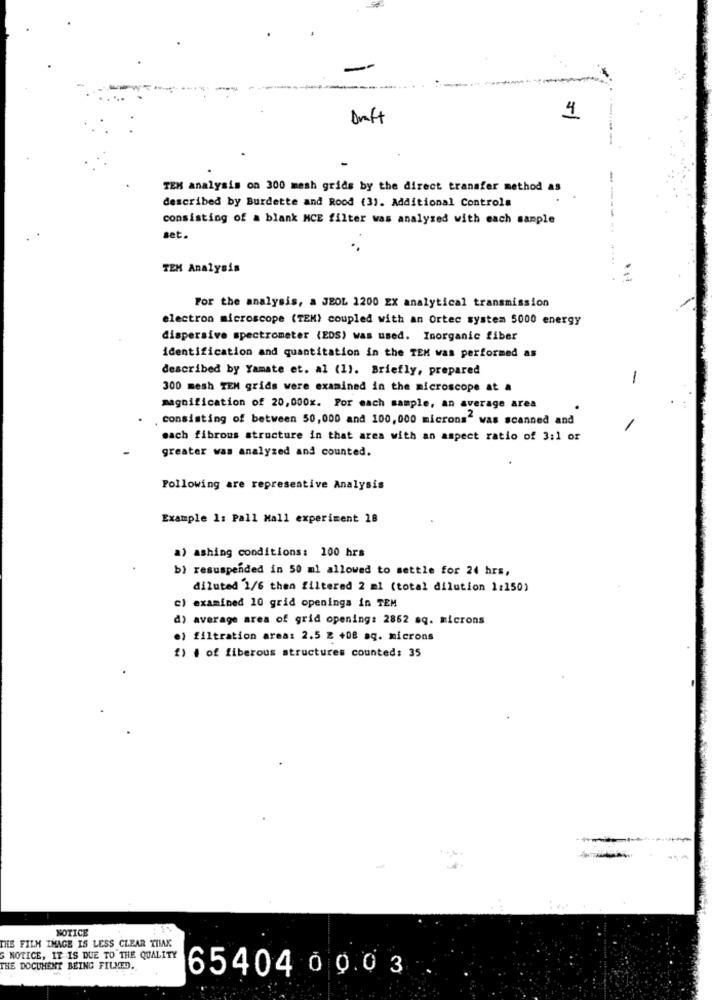
4
TEM analysis on 300 mesh grids by the direct transfer method as
described by Burdette and Rood (3). Additional Controls
consisting of a blank NCE filter was analyzed with each sample
set.
TEM Analysis
For the analysis, a JBOL 1200 EX analytical transmission
electron microscope (TEM) coupled with an Ortec system 5000 energy
dispersive spectrometer (EDS) was used. Inorganic fiber
identification and quantitation in the TEM was performed as
described by Yamate et. al (1). Briefly, prepared
-
300 mesh TEM grids were examined in the microscope at a
magnification of 20,000x. For mach sample, an average area
consisting of between 50,000 and 100, 000 microns" was scanned and
sach fibrous structure in that area with an aspect ratio of 3:1 or
greater was analyzed and counted.
Following are represeative Analysis
Example 1: Pall Mall experiment 18
a) ashing conditions: 100 hrs
b) resuspended in 50 ml allowed to settle for 24 hrs,
diluted 1/6 then filtered 2 ml (total dilution 1:150)
c) examined 10 grid openings in TEM
d) average area of grid opening: 2862 sq. microns
e) filtration area: 2.5 E +08 aq. microns
2) . of fiberous structures counted: 35
NOTICE
THE FILM IMAGE IS LESS CLEAR THMAX
G NOTICE, IT IS DUE TO THE QUALITY
THE DOCUMENT BEING FILMED.
65404 0 0.03